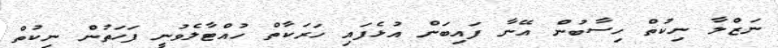
ނަޒްލާ ނިކުތް ހިސާބުން އޭނާ ފައިބަން އުޅެފައި ހަރަކާތް ހުއްޓާލެވުނީ ފަހަތުން ނިކުތް